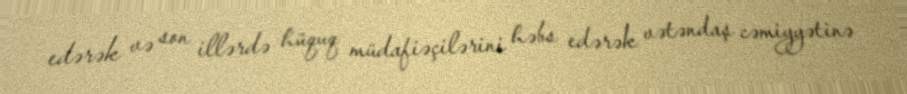
edərək və son illərdə hüquq müdafiəçilərini həbs edərək vətəndaş cəmiyyətinə